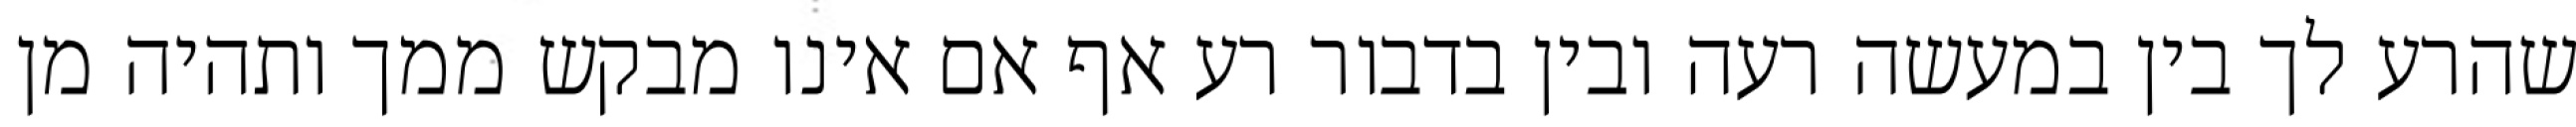
שהרע לך בין במעשה רעה ובין בדבור רע אף אם אינו מבקש ממך ותהיה מן